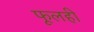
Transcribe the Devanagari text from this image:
फूलही